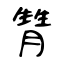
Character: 甧